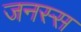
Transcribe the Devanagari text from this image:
जनस्स